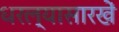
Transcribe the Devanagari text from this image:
धरल्यासारखें